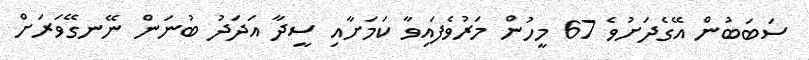
ސަބަބުން އޭގެދަށުވެ 67 މީހުން މަރުވެފައިވާ ކަމަށާއި ސީދާ އަދަދު ބުނަން ނޭނގޭވަރަށް